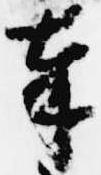
奉